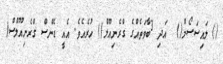
() ލައިސަސޯމް()  އަދި 3ބާވަތެއްގެ ގްރެނިއޫލް() ހުރެއެވެ. އެއީ ޑެންސް ގްރެނިއޫލްސް(